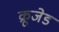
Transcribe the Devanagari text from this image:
क्रूजेड